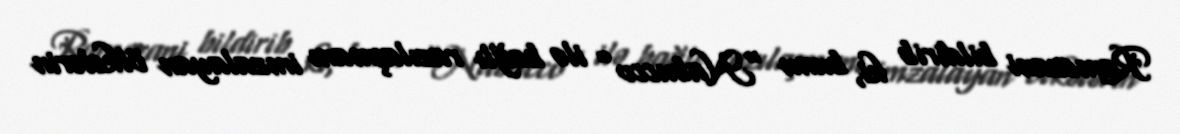
Ramezani bildirib ki, bunu “Nabucco” ilə bağlı razılaşmanı imzalayan ölkələrin